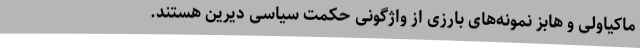
ماکیاولی و هابز نمونه‌های بارزی از واژگونی حکمت سیاسی دیرین هستند.